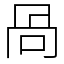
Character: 咼